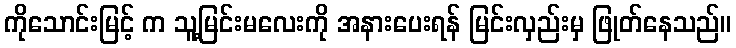
ကိုသောင်းမြင့် က သူ့မြင်းမလေးကို အနားပေးရန် မြင်းလှည်းမှ ဖြုတ်နေသည်။